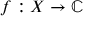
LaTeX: f : X \to \mathbb { C }